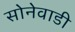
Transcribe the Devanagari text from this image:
सोनेवाडी